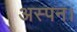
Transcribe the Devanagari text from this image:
अस्पन।